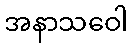
အနာသဝေါ